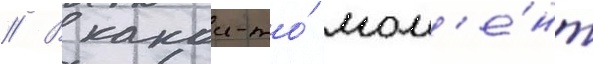
// В какои-то́ мом'е́нт